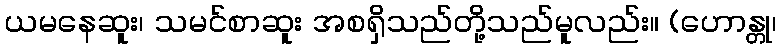
ယမနေဆူး၊ သမင်စာဆူး အစရှိသည်တို့သည်မူလည်း။ (ဟောန္တု၊